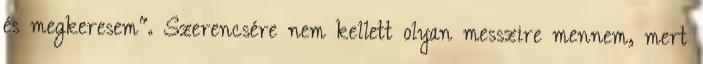
és megkeresem". Szerencsére nem kellett olyan messzire mennem, mert